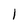
Character: l